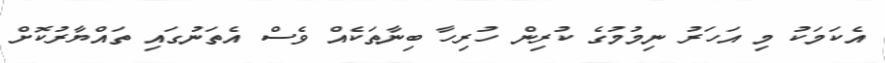
އެކަމަކު މި އަހަރު ނިމުމުގެ ކުރިން ހުރިހާ ބިނާތަކެއް ވެސް އެތަނުގައި ތައްޔާރުކޮށް